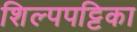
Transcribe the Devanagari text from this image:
शिल्पपट्टिका